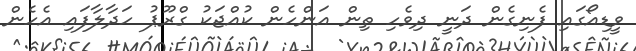
ވީޑިއޯގައި ފެނިގެން ދަނީ ދިވެހި ތިން އަންހެން ކުއްޖަކު ގްރޫޕު ހަދާލާފައި އެހެން